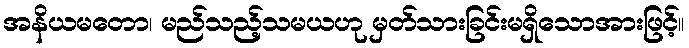
အနိယမတော၊ မည်သည့်သမယဟု မှတ်သားခြင်းမရှိသောအားဖြင့်။